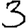
Digit: 3